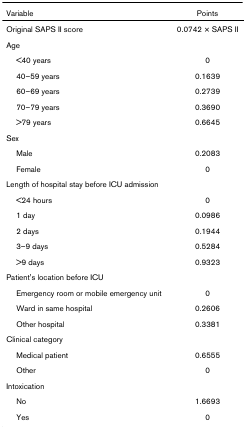
<table><thead><tr><td><b>Variable</b></td><td><b>Points</b></td></tr></thead><tbody><tr><td>Original SAPS II score</td><td>0.0742 × SAPS II</td></tr><tr><td colspan="2">Age</td></tr><tr><td> &lt;40 years</td><td>0</td></tr><tr><td> 40–59 years</td><td>0.1639</td></tr><tr><td> 60–69 years</td><td>0.2739</td></tr><tr><td> 70–79 years</td><td>0.3690</td></tr><tr><td> &gt;79 years</td><td>0.6645</td></tr><tr><td colspan="2">Sex</td></tr><tr><td> Male</td><td>0.2083</td></tr><tr><td> Female</td><td>0</td></tr><tr><td colspan="2">Length of hospital stay before ICU admission</td></tr><tr><td> &lt;24 hours</td><td>0</td></tr><tr><td> 1 day</td><td>0.0986</td></tr><tr><td> 2 days</td><td>0.1944</td></tr><tr><td> 3–9 days</td><td>0.5284</td></tr><tr><td> &gt;9 days</td><td>0.9323</td></tr><tr><td colspan="2">Patient&#x27;s location before ICU</td></tr><tr><td> Emergency room or mobile emergency unit</td><td>0</td></tr><tr><td> Ward in same hospital</td><td>0.2606</td></tr><tr><td> Other hospital</td><td>0.3381</td></tr><tr><td colspan="2">Clinical category</td></tr><tr><td> Medical patient</td><td>0.6555</td></tr><tr><td> Other</td><td>0</td></tr><tr><td colspan="2">Intoxication</td></tr><tr><td> No</td><td>1.6693</td></tr><tr><td> Yes</td><td>0</td></tr></tbody></table>